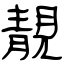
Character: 靚